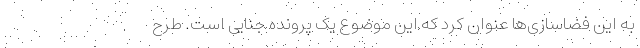
به این فضاسازی‌ها عنوان کرد که این موضوع یک پرونده جنایی است. طرح